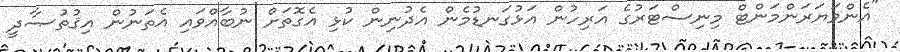
"އެންވަޔަރަންމަންޓް މިނިސްޓަރުގެ އަރިހުން އަޅުގަނޑުމެން އެދުނިން ކުޅި އެގޮތަށް ނުބާއްވައި އެތަނުން އިޤުތުޞާދީ